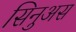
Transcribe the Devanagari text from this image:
सिनुअस